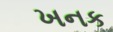
ખનક